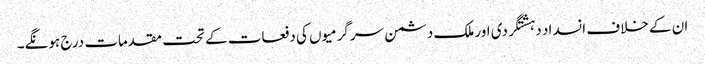
ان کے خلاف انسداد دہشتگردی اور ملک دشمن سرگرمیوں کی دفعات کے تحت مقدمات درج ہونگے۔